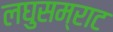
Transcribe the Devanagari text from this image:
लघुसम्राट